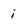
Character: i